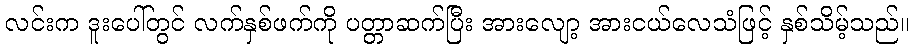
လင်းက ဒူးပေါ်တွင် လက်နှစ်ဖက်ကို ပတ္တာဆက်ပြီး အားလျော့ အားငယ်လေသံဖြင့် နှစ်သိမ့်သည်။